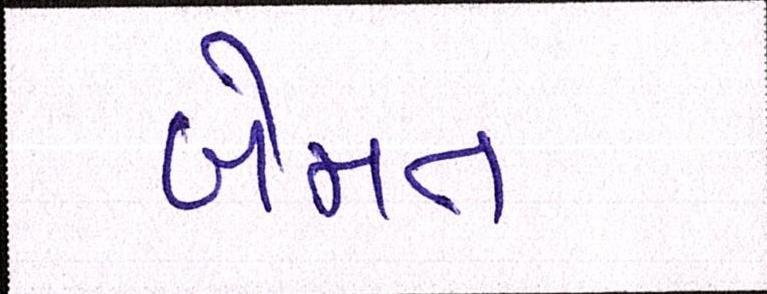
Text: બેમત